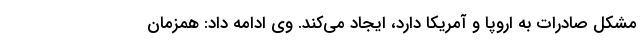
مشکل صادرات به اروپا و آمریکا دارد، ایجاد می‌کند. وی ادامه داد: همزمان